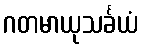
ဂတမာယုသင်္ခယံ